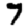
Digit: 7